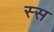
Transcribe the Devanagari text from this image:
स्स